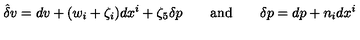
\hat { \delta } v = d v + ( w _ { i } + \zeta _ { i } ) d x ^ { i } + \zeta _ { 5 } \delta p \qquad \mathrm { a n d } \qquad \delta p = d p + n _ { i } d x ^ { i }